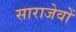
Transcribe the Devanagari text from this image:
साराजेवों